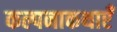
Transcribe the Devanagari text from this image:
कल्पनाकथाएँ